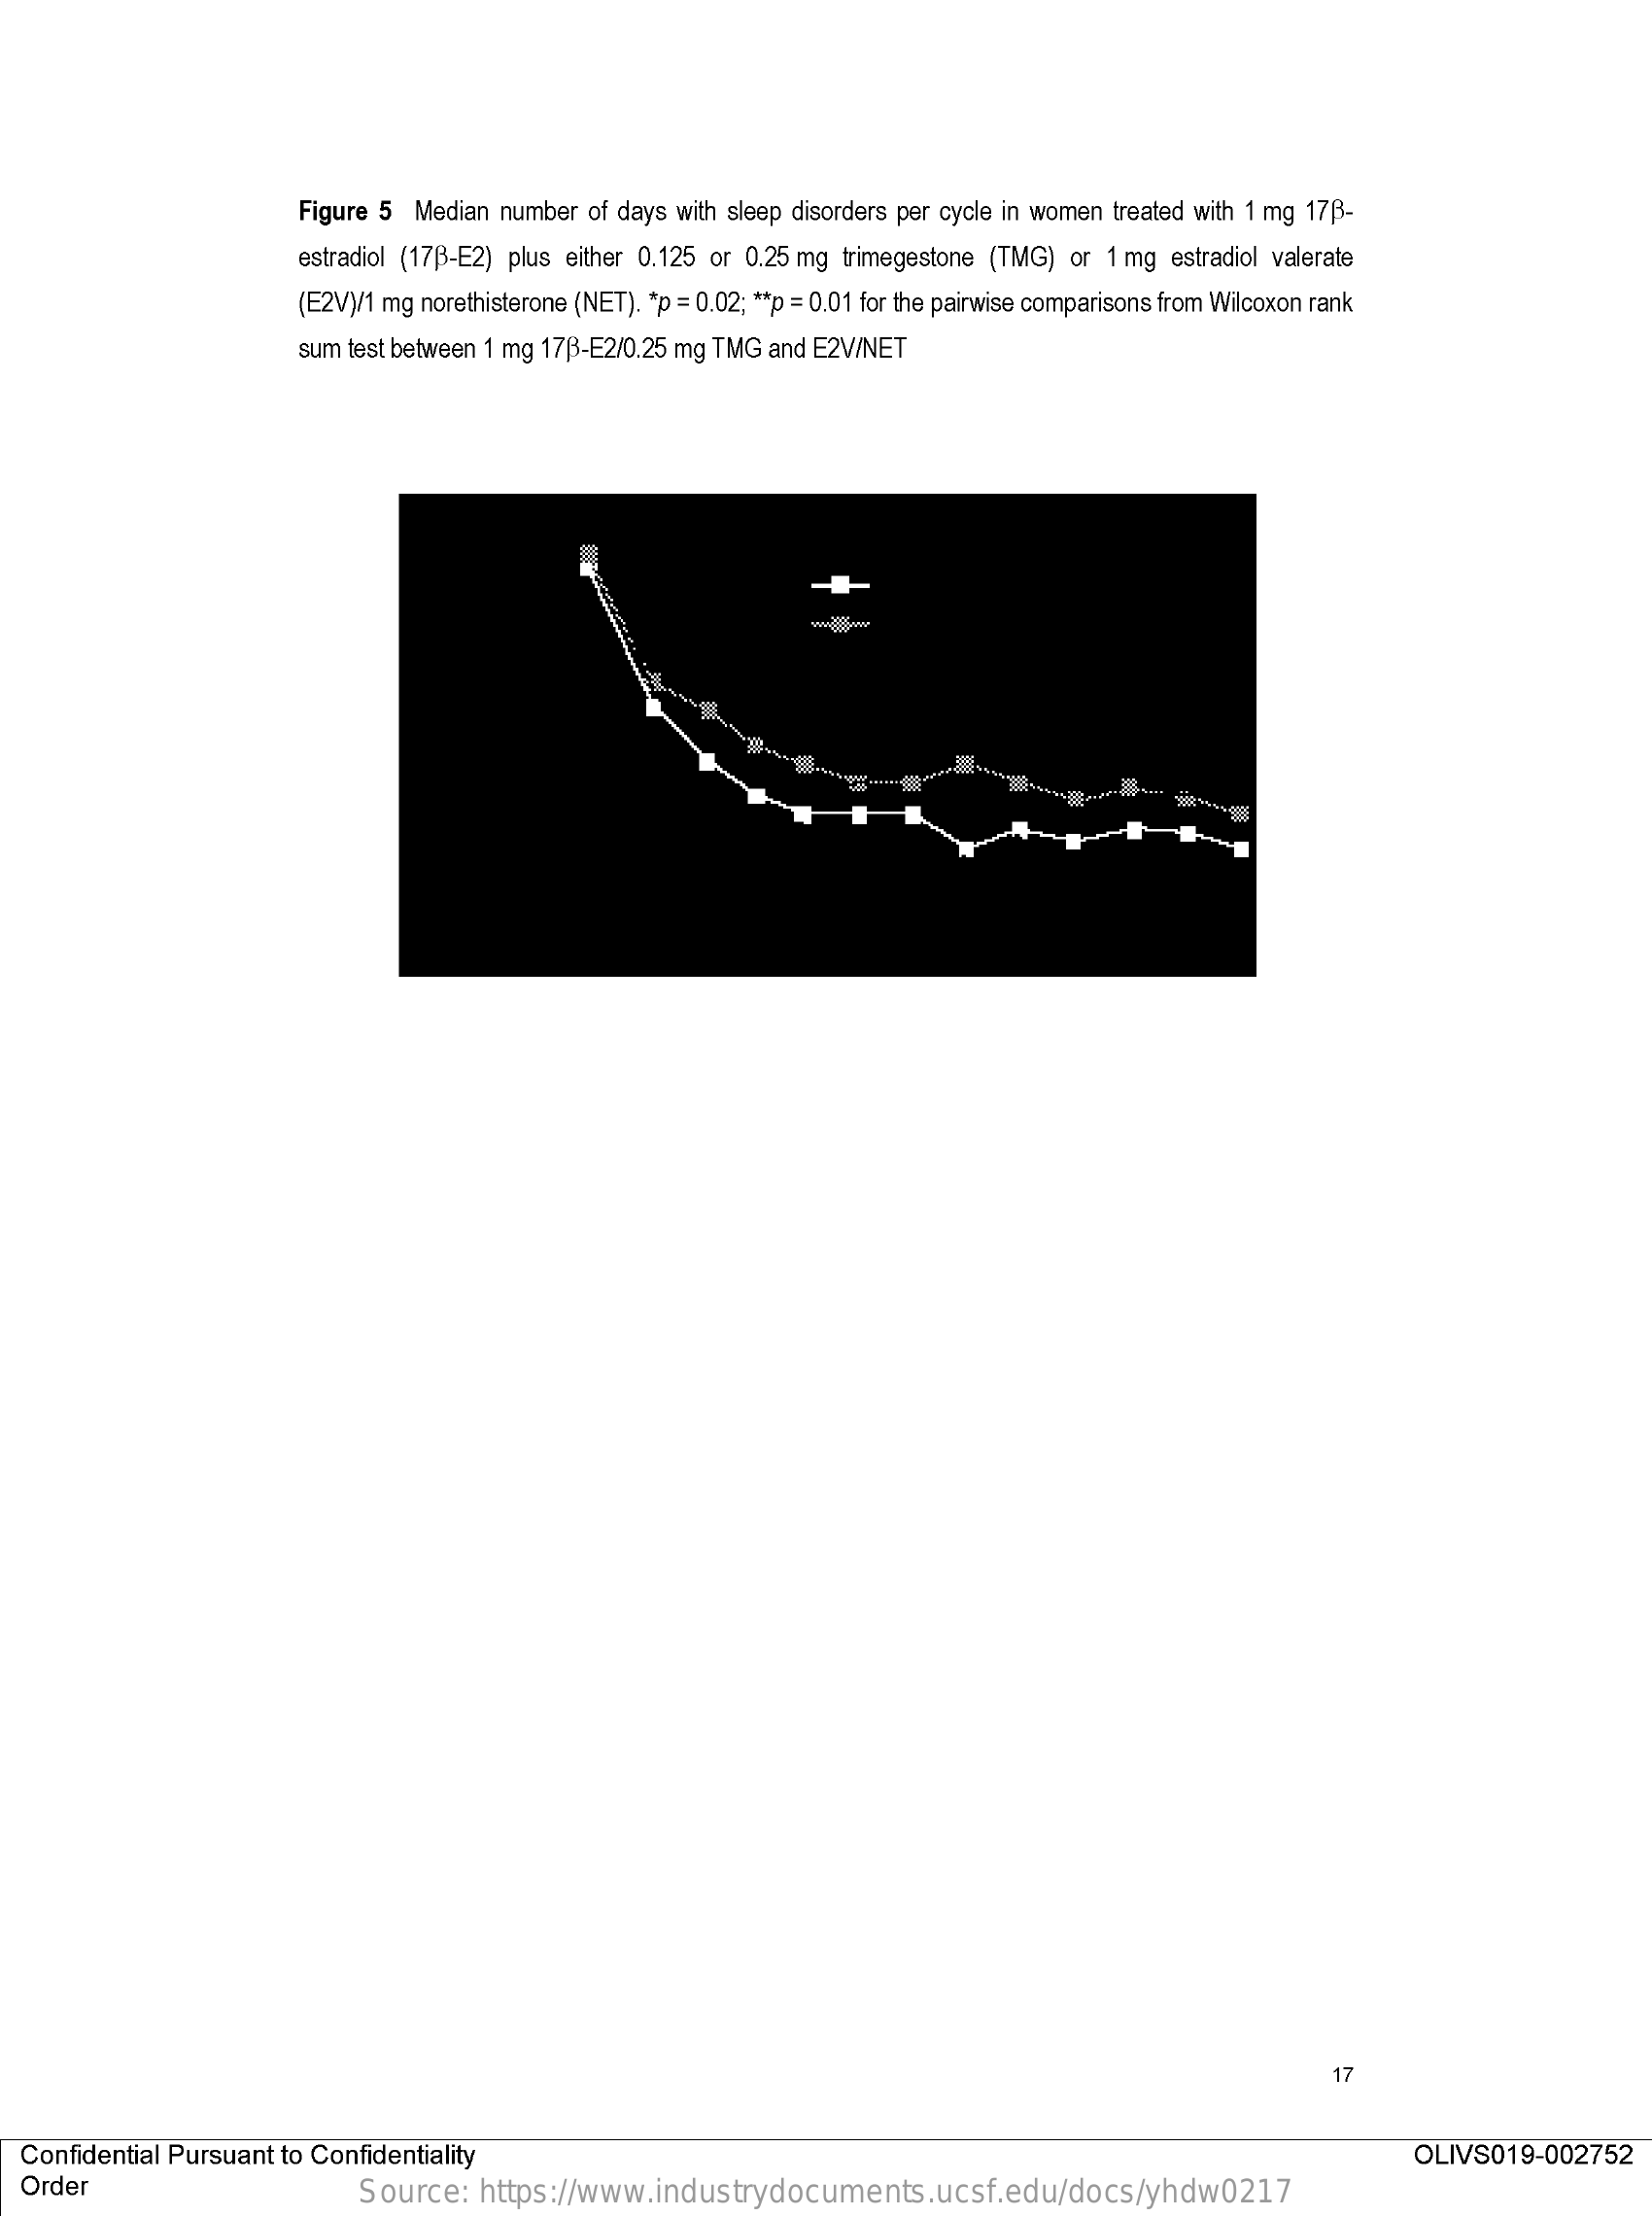
Figure 5  Median number of days with sleep disorders per cycle in women treated with 1 mg 17B-
     estradiol (17B-E2) plus either 0.125 or 0.25 mg trimegestone (TMG) or 1 mg estradiol valerate
     (E2V)/1 mg norethisterone (NET). * p = 0.02; ** p = 0.01 for the pairwise comparisons from Wilcoxon rank
     sum test between 1 mg 17B-E2/0.25 mg TMG and E2V/NET
     17
  Confidential Pursuant to Confidentiality    OLIVS019-002752
  Order    Source:   https://www.industrydocuments.ucsf.edu/docs/yhdw0217